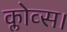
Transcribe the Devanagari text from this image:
क्लोव्स।